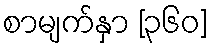
စာမျက်နှာ [၃၆၀]